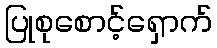
ပြုစုစောင့်ရှောက်